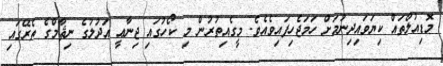
މޮޑިއުލްތައް ކިޔަވައިދިނުމަށް ހަމަޖެހިފައިވެއެވެ. މީގެއިތުރުން މި ކޯހުގައި ޖިނާޢީ އަދުލުގެ ނިޘާމްގެ ތެރޭގައި